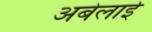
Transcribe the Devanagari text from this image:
अबेलाई